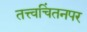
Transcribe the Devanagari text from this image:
तत्त्वचिंतनपर